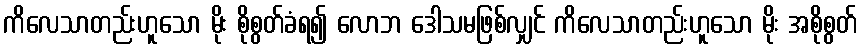
ကိလေသာတည်းဟူသော မိုး စိုစွတ်ခံရ၍ လောဘ ဒေါသမဖြစ်လျှင် ကိလေသာတည်းဟူသော မိုး အစိုစွတ်